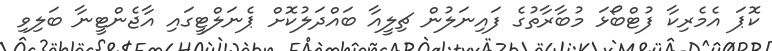
ކޮޕަ އެމެރިކާ ފުޓްބޯޅަ މުބާރާތުގެ ފައިނަލުން ޗިލީއާ ބައްދަލުކޮށް ޕެނަލްޓީގައި އާޖެންޓީނާ ބަލިވި